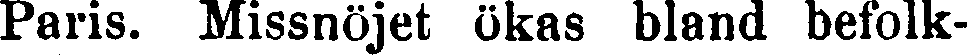
Paris. Missnöjet ökas bland befolk-